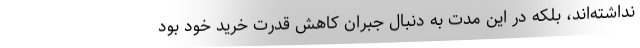
نداشته‌اند، بلكه در اين مدت به دنبال جبران كاهش قدرت خريد خود بود